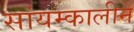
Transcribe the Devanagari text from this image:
सांयम्कालीन